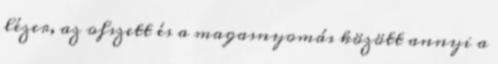
lézer, az ofszett és a magasnyomás között annyi a